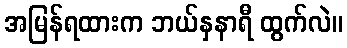
အမြန်ရထားက ဘယ်နှနာရီ ထွက်လဲ။